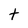
Character: t